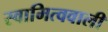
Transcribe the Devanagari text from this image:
स्वामित्ववाली